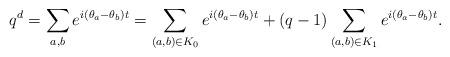
LaTeX: \begin{align*}q^d=\sum_{a,b}e^{i(\theta_a-\theta_b)t}=\sum_{(a,b) \in K_0}e^{i(\theta_a-\theta_b)t}+(q-1)\sum_{(a,b) \in K_1}e^{i(\theta_a-\theta_b)t}.\end{align*}